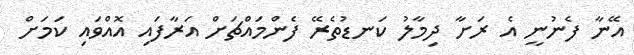
އޭނާ ފެނުނީ އެ ރަށާ ދިމާލު ކަނޑުތެރޭ ފެންމައްޗަށް އަރާފައި އޮއްވައި ކަމަށް